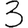
Digit: 3